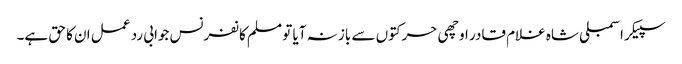
سپیکر اسمبلی شاہ غلام قادر اوچھی حرکتوں سے باز نہ آیا تو مسلم کانفرنس جوابی رد عمل ان کا حق ہے۔